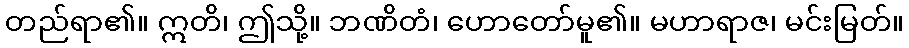
တည်ရာ၏။ ဣတိ၊ ဤသို့။ ဘဏိတံ၊ ဟောတော်မူ၏။ မဟာရာဇ၊ မင်းမြတ်။